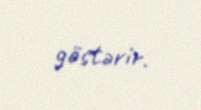
göstərir.